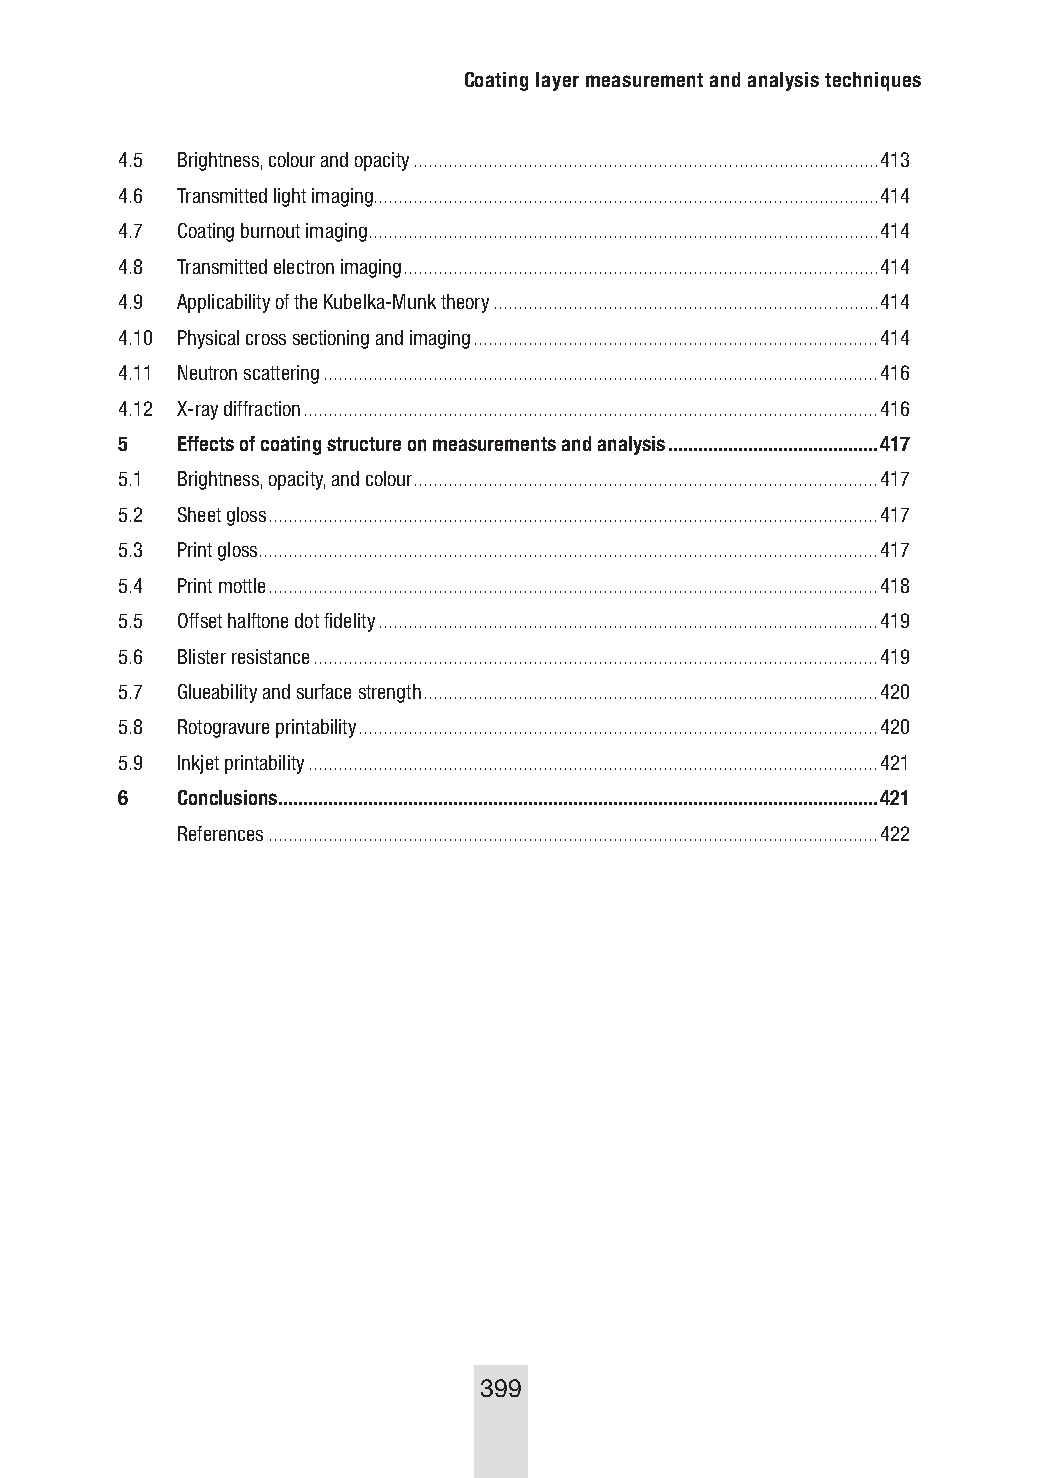
Coating layer measurement and analysis techniques
 4.5 Brightness, colour and opacity .............................................................................................413
 4.6 Transmitted light imaging .....................................................................................................414
 4.7 Coating burnout imaging ......................................................................................................414
 4.8 Transmitted electron imaging ...............................................................................................414
 4.9 Applicability of the Kubelka-Munk theory .............................................................................414
 4.10 Physical cross sectioning and imaging .................................................................................414
 4.11 Neutron scattering ...............................................................................................................416
 4.12 X-ray diffraction ...................................................................................................................416
 5   Effects of coating structure on measurements and analysis ..........................................417
 5.1 Brightness, opacity, and colour .............................................................................................417
 5.2 Sheet gloss ..........................................................................................................................417
 5.3 Print gloss ............................................................................................................................417
 5.4 Print mottle ..........................................................................................................................418
 5.5 Offset halftone dot fidelity ....................................................................................................419
 5.6 Blister resistance .................................................................................................................419
 5.7 Glueability and surface strength ...........................................................................................420
 5.8 Rotogravure printability ........................................................................................................420
 5.9 Inkjet printability ..................................................................................................................421
 6   Conclusions ........................................................................................................................421
 References ..........................................................................................................................422
 399